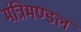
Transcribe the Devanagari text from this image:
मंत्रिमण्‍डल